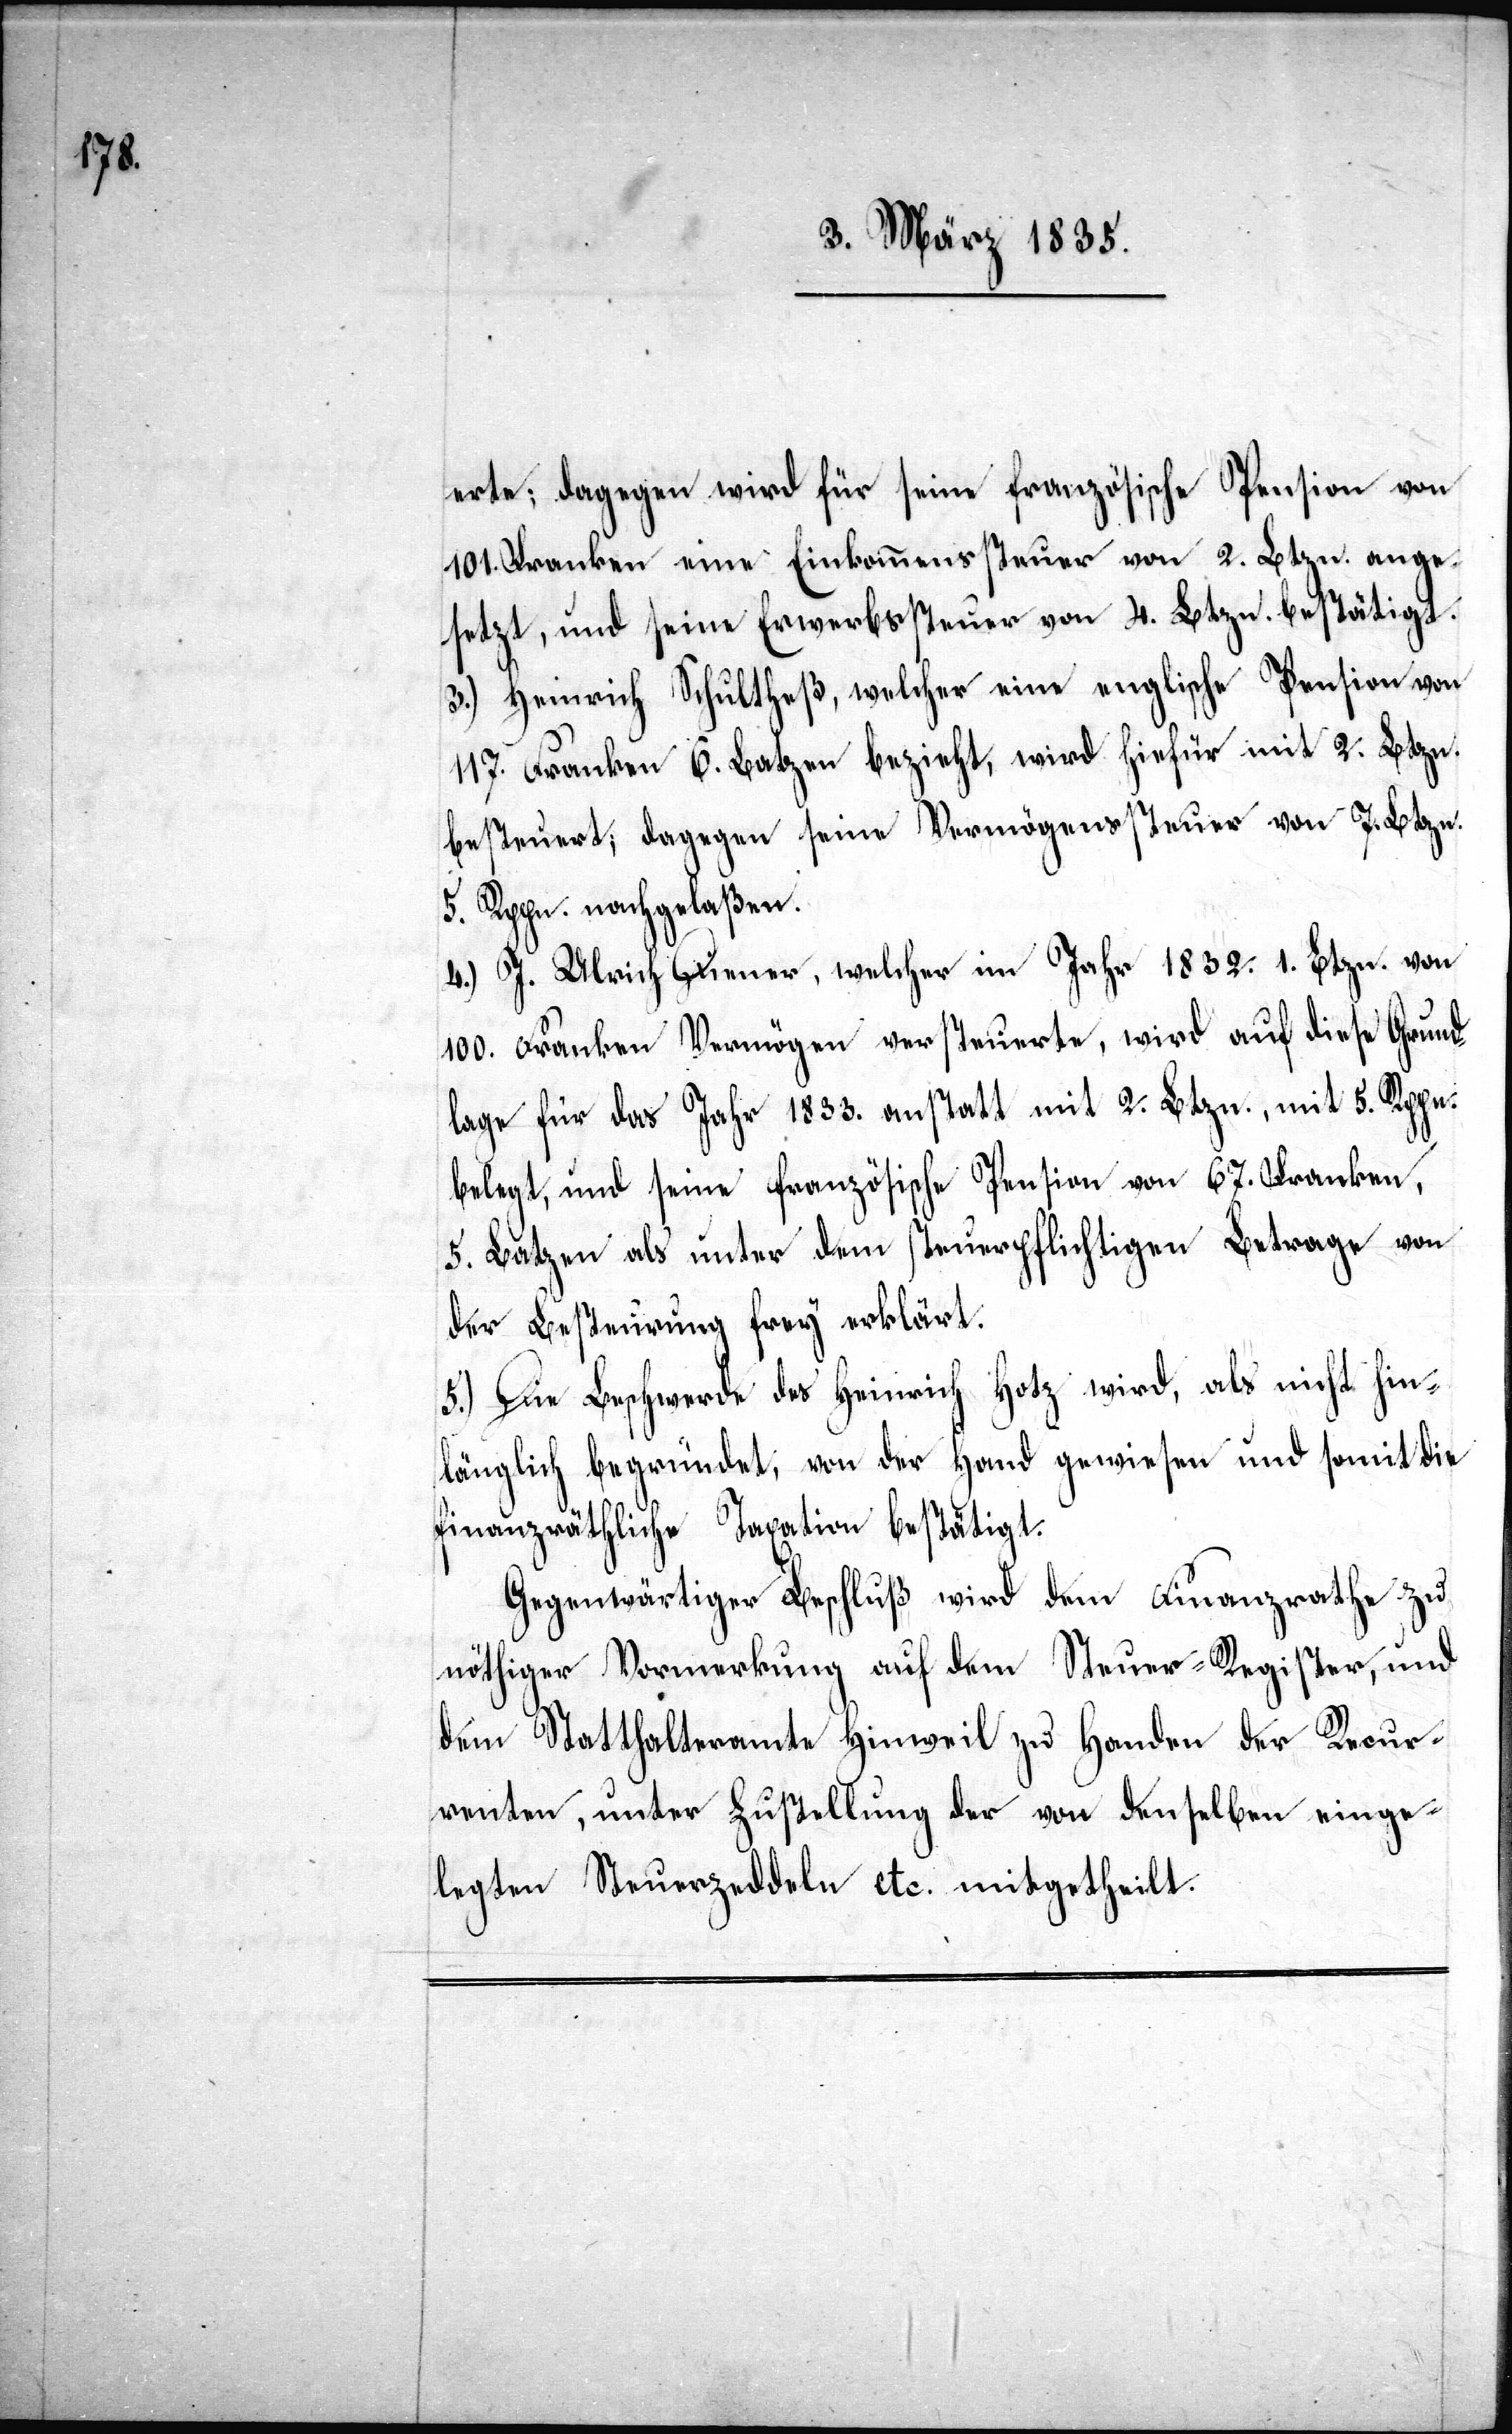
erte; dagegen wird für seine französische Pension von
101. Franken eine Einkommenssteuer von 2. Btzn. ange¬
setzt, und seine Erwerbssteuer von 4. Btzn. bestätigt.
3.) Heinrich Schultheß, welcher eine englische Pension von
117. Franken 6. Batzen bezieht, wird hierfür mit 2. Btzn.
besteuert; dagegen seine Vermögenssteuer von 7. Btzn.
5. Rppn. nachgelaßen.
4.) J. Ulrich Diener, welcher im Jahr 1832. 1. Btzn. von
100. Franken Vermögen versteuerte, wird auf diese Grund¬
lage für das Jahr 1833. anstatt mit 2. Btzn., mit 5. Rppn.
belegt, und seine französische Pension von 67. Franken,
5. Batzen als unter dem steuerpflichtigen Betrage von
der Besteuerung frey erklärt.
5.) Die Beschwerde des Heinrich Hotz wird, als nicht hin¬
länglich begründet, von der Hand gewiesen und somit die
finanzräthliche Taxation bestätigt.
Gegenwärtiger Beschluß wird dem Finanzrathe zu
nöthiger Vormerkung auf dem Steuer-Register, und
dem Statthalteramte Hinweil zu Handen der Recur¬
renten, unter Zustellung der von denselben einge¬
legten Steuerzeddeln etc. mitgetheilt.